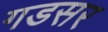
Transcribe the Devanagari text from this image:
गडसर